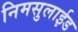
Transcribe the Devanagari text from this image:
निमसुलाईड